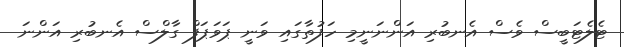
ޓެލެޓަބީސް ވެސް އެނބުރި އަންނަނީމި ހަފުތާގައި ވަނީ ޕަވަޕަފް ގާލްސް އެނބުރި އަންނަ